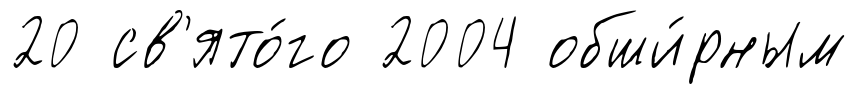
20 св'ято́го 2004 обши́рным